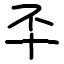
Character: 㔻